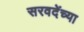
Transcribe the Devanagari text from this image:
सरवदेंच्या